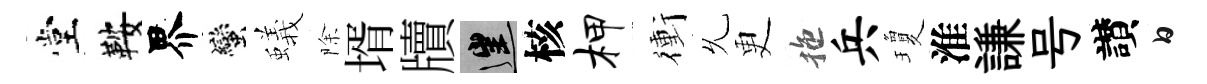
堂鞍界蠻蟻除壻牘往核柙衝𠃔更拖兵瓊淮謙号讃白